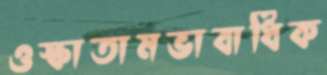
ওস্‌কাতামভাবাধিক